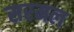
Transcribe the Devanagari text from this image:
सरमल